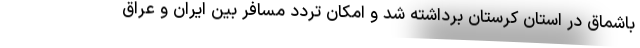
باشماق در استان کرستان برداشته شد و امکان تردد مسافر بین ایران و عراق